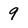
Character: 9